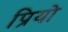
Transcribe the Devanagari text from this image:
प्रियो